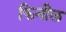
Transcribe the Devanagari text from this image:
फिनील